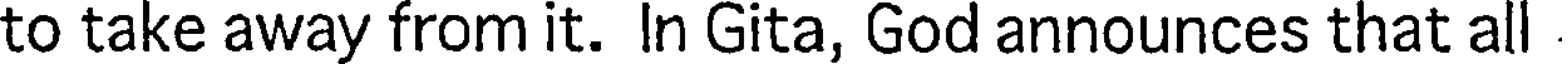
to take away from it. In Gita, God announces that all